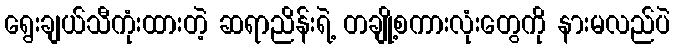
ရွေးချယ်သီကုံးထားတဲ့ ဆရာညိန်းရဲ့ တချို့စကားလုံးတွေကို နားမလည်ပဲ